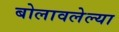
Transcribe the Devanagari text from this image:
बोलावलेल्या